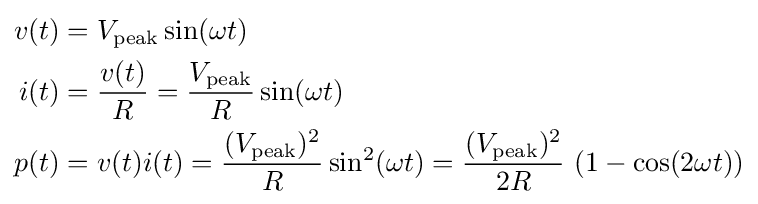
{\begin{aligned}v(t)&=V_{\text{peak}}\sin(\omega t)\\i(t)&={\frac {v(t)}{R}}={\frac {V_{\text{peak}}}{R}}\sin(\omega t)\\p(t)&=v(t)i(t)={\frac {(V_{\text{peak}})^{2}}{R}}\sin ^{2}(\omega t)={\frac {(V_{\text{peak}})^{2}}{2R}}\ (1-\cos(2\omega t))\end{aligned}}